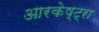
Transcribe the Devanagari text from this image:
आरकेष्ट्रा